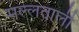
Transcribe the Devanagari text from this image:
मल्लताली